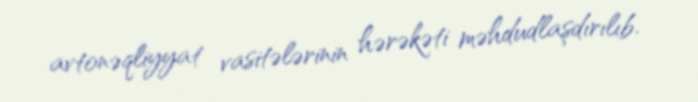
avtonəqliyyat vasitələrinin hərəkəti məhdudlaşdırılıb.